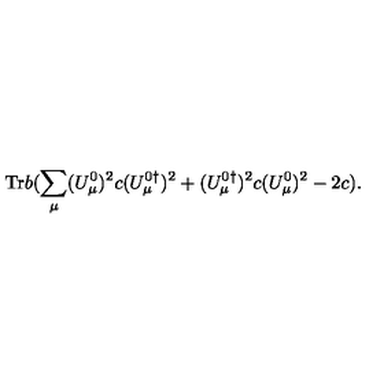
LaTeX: \mathrm { T r } b ( \sum _ { \mu } ( U _ { \mu } ^ { 0 } ) ^ { 2 } c ( U _ { \mu } ^ { 0 \dagger } ) ^ { 2 } + ( U _ { \mu } ^ { 0 \dagger } ) ^ { 2 } c ( U _ { \mu } ^ { 0 } ) ^ { 2 } - 2 c ) .